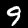
Label: 9